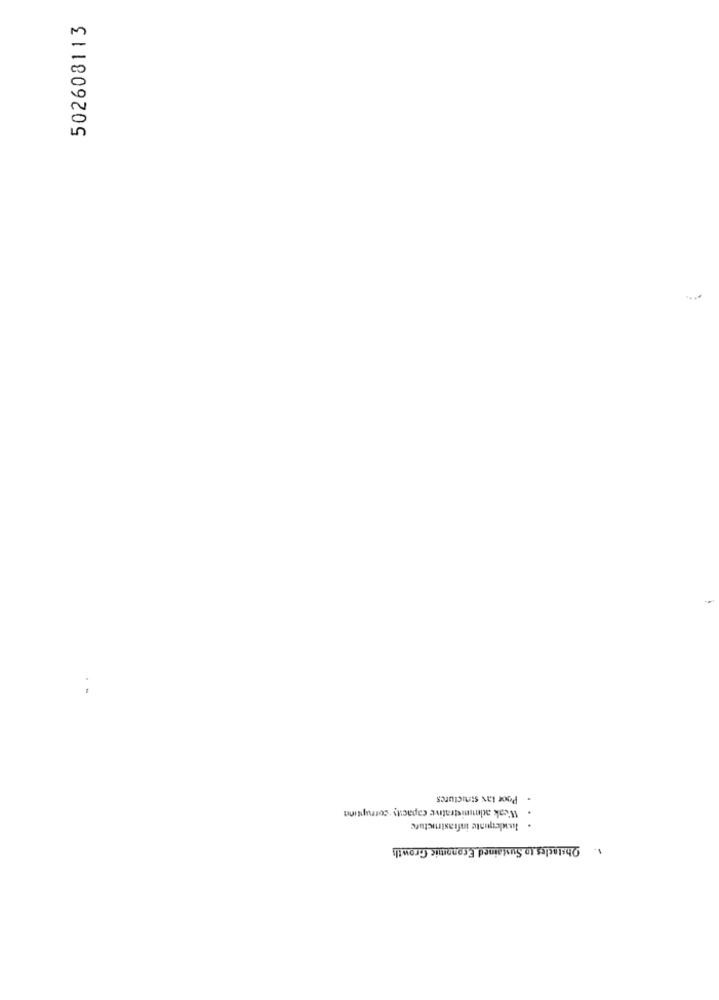
502608113
Poor tax strictures
Weak administrative capacity corruptinn
luxlequinte infrastructure
Obstacles to Sustained Economic Growth